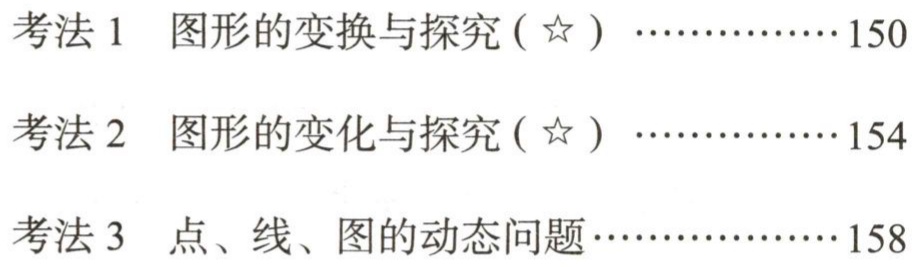
考法 1  图形的变换与探究 ($☆$) ...............150

考法 2  图形的变化与探究 ($☆$) ...............154

考法 3  点、线、图的动态问题..................158